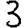
Digit: 3